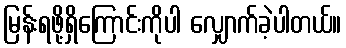
မြန်းရဖို့ရှိကြောင်းကိုပါ လျှောက်ခဲ့ပါတယ်။